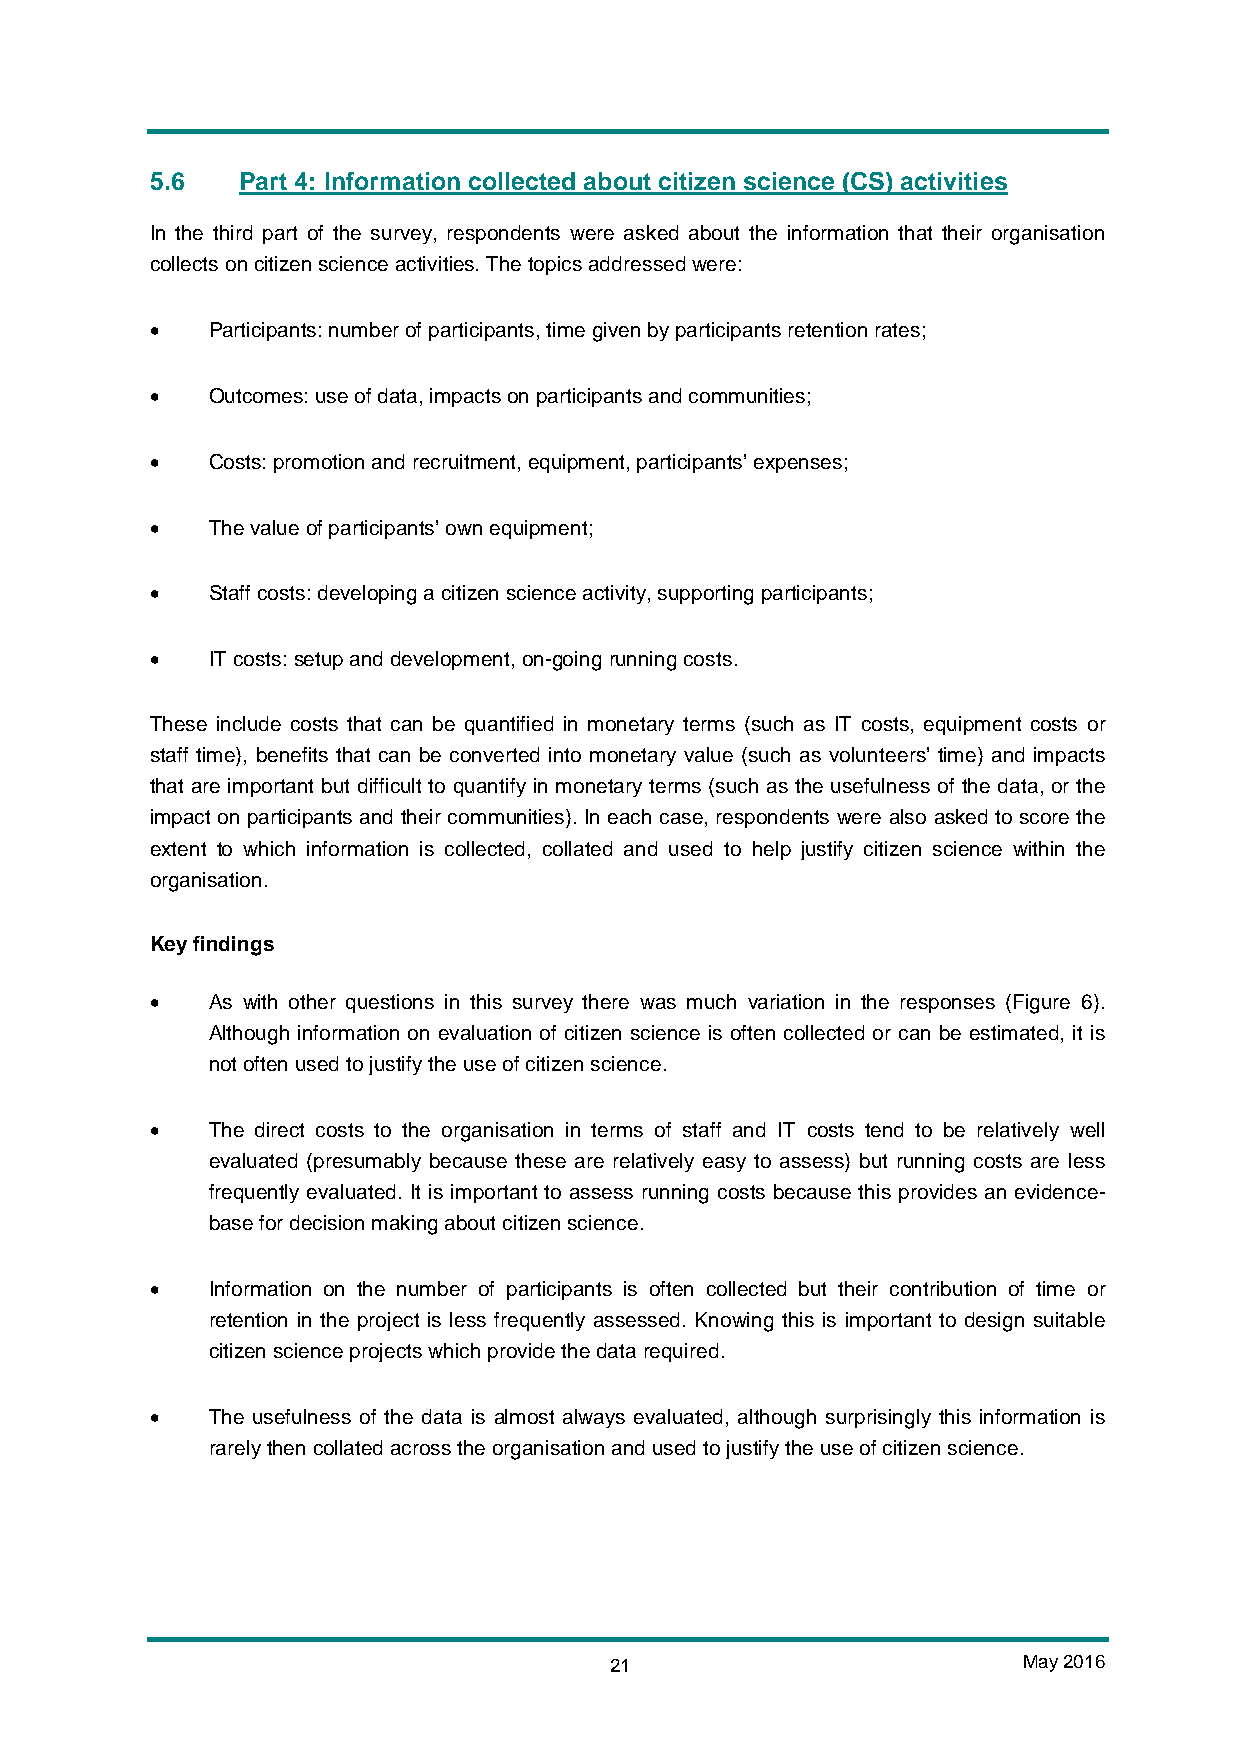
5.6   Part 4: Information collected about citizen science (CS) activities
 In the third part of the survey, respondents were asked about the information that their organisation
 collects on citizen science activities. The topics addressed were:
 •   Participants: number of participants, time given by participants retention rates;
 •   Outcomes: use of data, impacts on participants and communities;
 •   Costs: promotion and recruitment, equipment, participants’ expenses;
 •   The value of participants’ own equipment;
 •   Staff costs: developing a citizen science activity, supporting participants;
 •   IT costs: setup and development, on-going running costs.
 These include costs that can be quantified in monetary terms (such as IT costs, equipment costs or
 staff time), benefits that can be converted into monetary value (such as volunteers’ time) and impacts
 that are important but difficult to quantify in monetary terms (such as the usefulness of the data, or the
 impact on participants and their communities). In each case, respondents were also asked to score the
 extent to which information is collected, collated and used to help justify citizen science within the
 organisation.
 Key findings
 •   As with other questions in this survey there was much variation in the responses (Figure 6).
 Although information on evaluation of citizen science is often collected or can be estimated, it is
 not often used to justify the use of citizen science.
 •   The direct costs to the organisation in terms of staff and IT costs tend to be relatively well
 evaluated (presumably because these are relatively easy to assess) but running costs are less
 frequently evaluated. It is important to assess running costs because this provides an evidence-
 base for decision making about citizen science.
 •   Information on the number of participants is often collected but their contribution of time or
 retention in the project is less frequently assessed. Knowing this is important to design suitable
 citizen science projects which provide the data required.
 •   The usefulness of the data is almost always evaluated, although surprisingly this information is
 rarely then collated across the organisation and used to justify the use of citizen science.
 21                          May 2016